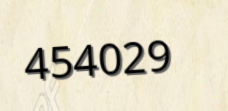
454029